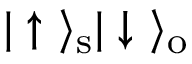
| \uparrow \ \rangle _ { \mathrm { s } } | \downarrow \ \rangle _ { \mathrm { o } }